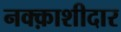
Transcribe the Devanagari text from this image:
नक्क़ाशीदार